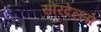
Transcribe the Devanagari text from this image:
सोरदेल्लो